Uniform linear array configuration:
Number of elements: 12
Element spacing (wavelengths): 0.75
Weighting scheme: uniform
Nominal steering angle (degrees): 15
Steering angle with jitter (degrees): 16.623
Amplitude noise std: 0.05
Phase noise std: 0.05

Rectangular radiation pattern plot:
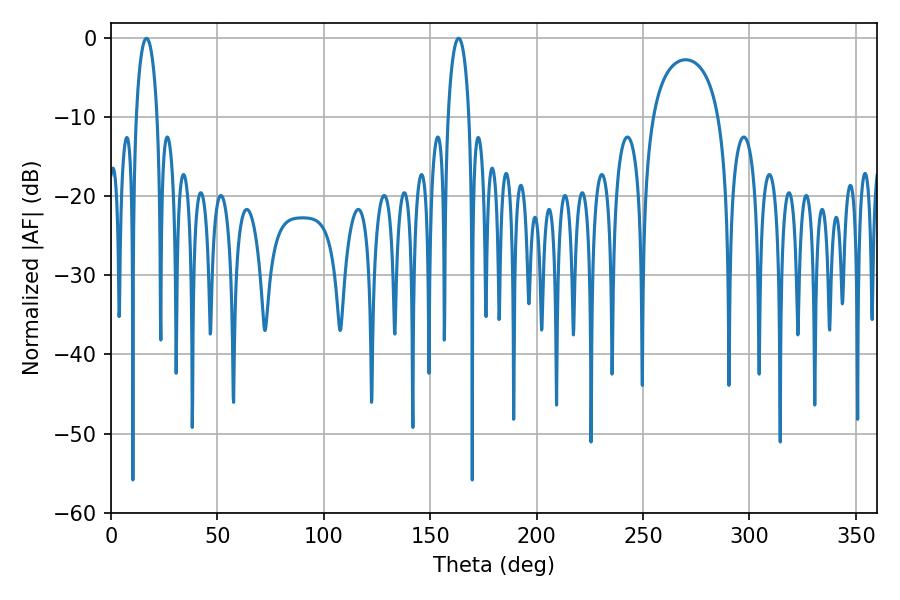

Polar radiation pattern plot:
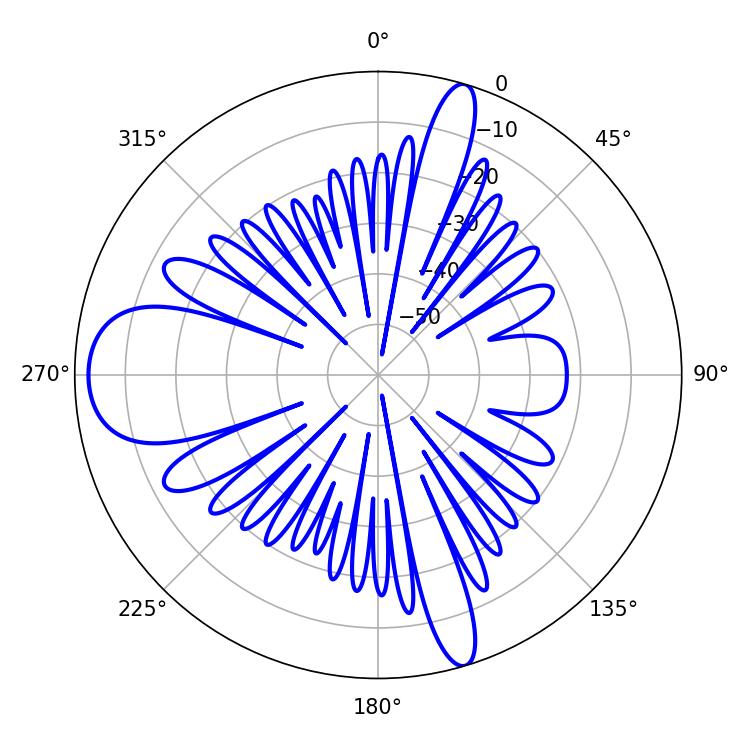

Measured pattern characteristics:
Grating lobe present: TRUE
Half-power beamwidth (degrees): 5.58
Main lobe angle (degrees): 16.74